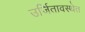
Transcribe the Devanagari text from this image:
उर्जितावस्थेत